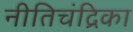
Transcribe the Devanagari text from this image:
नीतिचंद्रिका